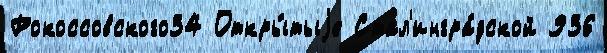
Рокоссовского34 Откры́тыjе Стал'ингра́дской 936